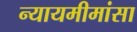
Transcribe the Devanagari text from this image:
न्यायमीमांसा